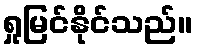
ရှုမြင်နိုင်သည်။